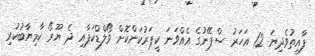
ފާއިތުވެދިޔަ 12 އަހަރު ސްޕޭނުގެ އެއްވަނަ ކީޕަރުކަންކޮށް ވޯލްޑްކަޕާއި ދެ ޔޫރޯ ކާމިޔާބުކުރި